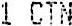
1 CTN